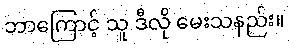
ဘာကြောင့် သူ ဒီလို မေးသနည်း။